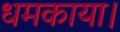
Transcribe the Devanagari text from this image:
धमकाया।